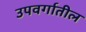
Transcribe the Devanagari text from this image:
उपवर्गातील